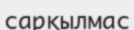
сарқылмас